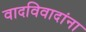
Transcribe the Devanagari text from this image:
वादविवादांना